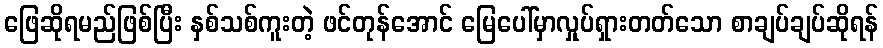
ဖြေဆိုရမည်ဖြစ်ပြီး နှစ်သစ်ကူးတဲ့ ဖင်တုန်အောင် မြေပေါ်မှာလှုပ်ရှားတတ်သော စာချပ်ချပ်ဆိုရန်